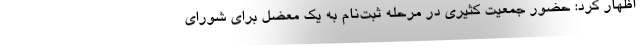
اظهار کرد: حضور جمعیت کثیری در مرحله ثبت‌نام به یک معضل برای شورای